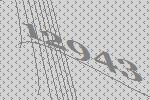
12943